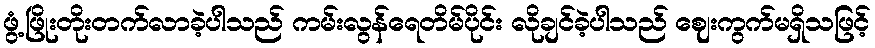
ဖွံ့ဖြိုးတိုးတက်လာခဲ့ပါသည် ကမ်းလွန်ရေတိမ်ပိုင်း လိုချင်ခဲ့ပါသည် ဈေးကွက်မရှိသဖြင့်